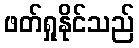
ဖတ်ရှုနိုင်သည်